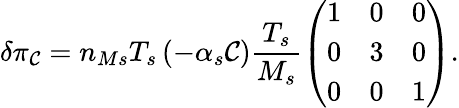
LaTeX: \delta\pi_{\mathcal{C}}=n_{Ms}T_{s}\left(-\alpha_{s}\mathcal{C}\right)\frac{{T_{s}}}{{M_{s}}}\left(\begin{array}{ccc}{1}&{0}&{0}\\ {0}&{3}&{0}\\ {0}&{0}&{1}\end{array}\right).